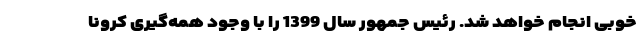
خوبی انجام خواهد شد. رئیس جمهور سال 1399 را با وجود همه‌گیری کرونا